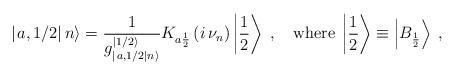
LaTeX: \begin{align*}\left| \left. a,1/2\right| n\right\rangle =\frac{1}{g^{\left| 1/2\right\rangle }_{\left| \left. a,1/2\right| n\right\rangle }}K_{a\frac{1}{2}}\left( i\, \nu _{n}\right) \left| \frac{1}{2}\right\rangle \; ,\quad \mathrm{where}\; \left| \frac{1}{2}\right\rangle \equiv \left| B_{\frac{1}{2}}\right\rangle \; ,\end{align*}